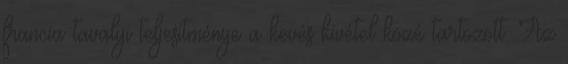
francia tavalyi teljesítménye a kevés kivétel közé tartozott. Az